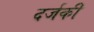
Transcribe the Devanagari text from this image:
दर्जकी